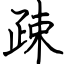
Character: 疎